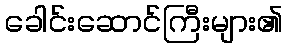
ခေါင်းဆောင်ကြီးများ၏